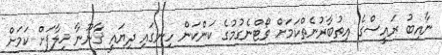
ނާއިބު ރައީސްގެ އިތުބާރުނެތްކަމަށް ވޯޓްނެގުމުގެ ކަންކަން ހިނގައި ދިޔައީ ޤާނޫނާ ޚިލާފަށް ކަމަށް